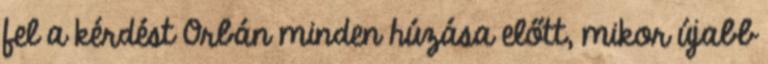
fel a kérdést Orbán minden húzása előtt, mikor újabb